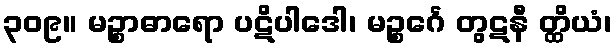
၃၀၉။ မဉ္စာဓာရော ပဋိပါဒေါ၊ မဉ္စင်္ဂေ တွဋနီ တ္ထိယံ၊